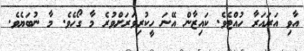
އާވި އަރައަރާ ހުއްޓެވެ. ކައިޒާން އޭނަ ހީކުރިވަރަށްވުރެ މާ ގޯހެވެ. މާ ނުބަޔެވެ.